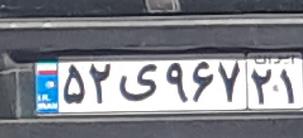
۵۲ی۹۶۷۲۱